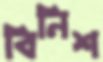
বিনিশ